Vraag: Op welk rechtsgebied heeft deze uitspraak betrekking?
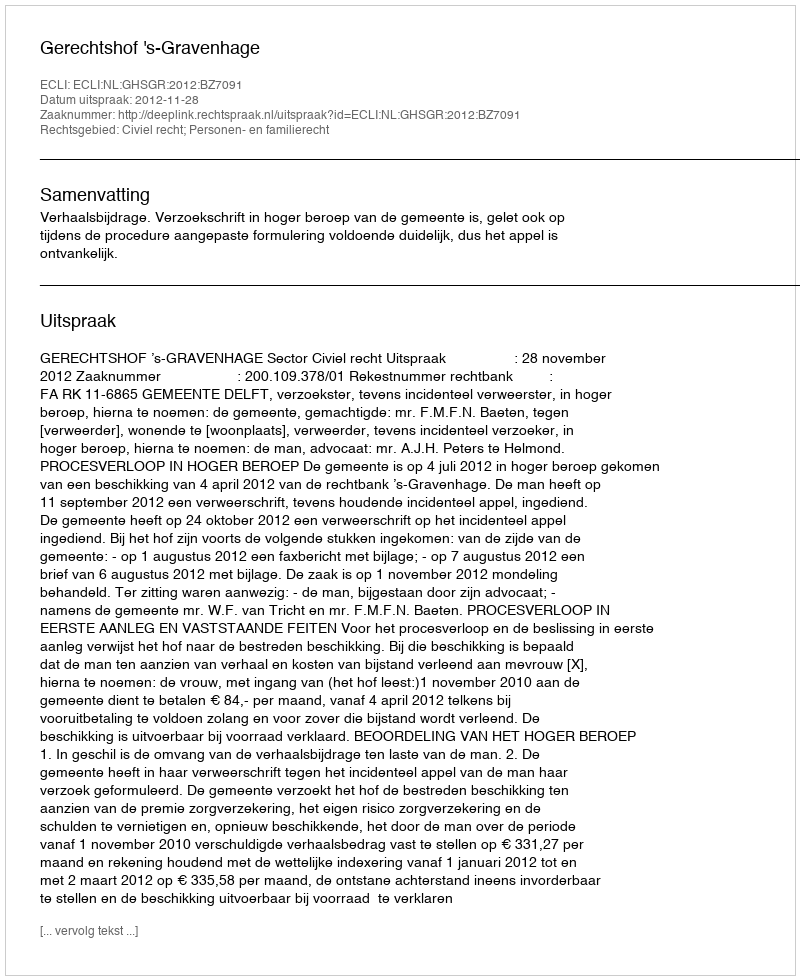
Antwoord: Civiel recht; Personen- en familierecht